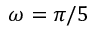
\omega = \pi / 5